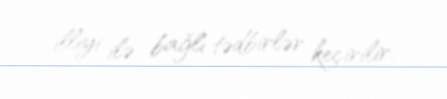
illiyi ilə bağlı tədbirlər keçirilir.